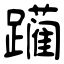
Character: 躏